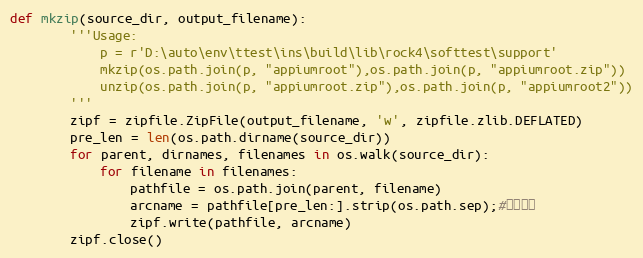
Language: Python
def mkzip(source_dir, output_filename):
        '''Usage:
            p = r'D:\auto\env\ttest\ins\build\lib\rock4\softtest\support'
            mkzip(os.path.join(p, "appiumroot"),os.path.join(p, "appiumroot.zip"))
            unzip(os.path.join(p, "appiumroot.zip"),os.path.join(p, "appiumroot2"))
        '''
        zipf = zipfile.ZipFile(output_filename, 'w', zipfile.zlib.DEFLATED)
        pre_len = len(os.path.dirname(source_dir))
        for parent, dirnames, filenames in os.walk(source_dir):
            for filename in filenames:
                pathfile = os.path.join(parent, filename)
                arcname = pathfile[pre_len:].strip(os.path.sep);#相对路径
                zipf.write(pathfile, arcname)
        zipf.close()